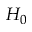
H _ { 0 }